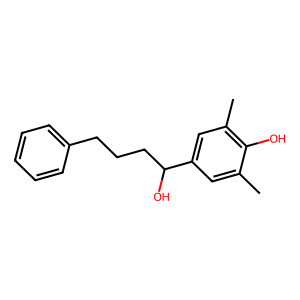
SMILES: Cc1cc(C(O)CCCc2ccccc2)cc(C)c1O
Inhibits HIV replication: No